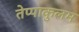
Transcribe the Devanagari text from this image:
तेप्पाकुलम